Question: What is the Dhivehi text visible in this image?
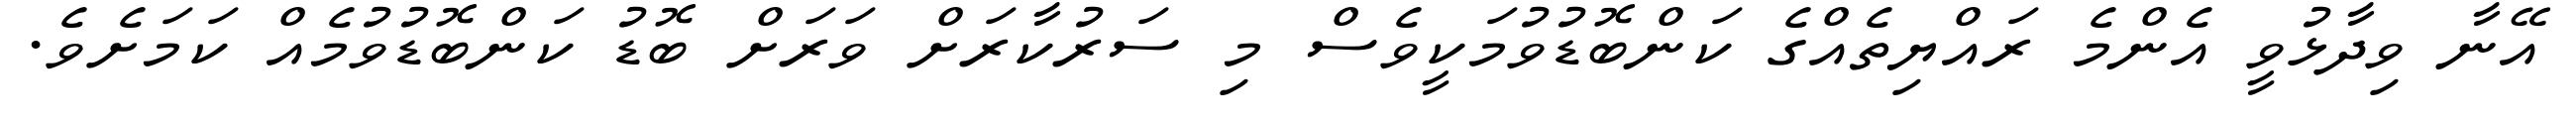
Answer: އޭނާ ވިދާޅުވީ އެންމެ ރައްޔިތެއްގެ ކަންބޮޑުވުމަކީވެސް މި ސަރުކާރަށް ވަރަށް ބޮޑު ކަންބޮޑުވުމެއް ކަމަށެވެ.